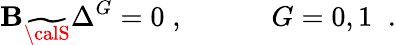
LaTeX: {\cal\mathbf{B}}_{\widetilde{{{\calS}}}}\Delta^{G}=0\; ,\; \; \; \; \; \; \; \; \; \; \; G=0,1\; \; .